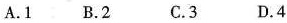
A.1.B.2C.3D.4